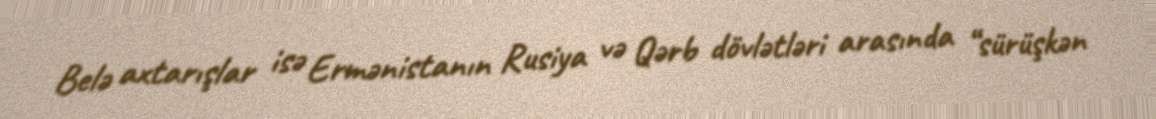
Belə axtarışlar isə Ermənistanın Rusiya və Qərb dövlətləri arasında “sürüşkən